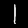
Label: 1